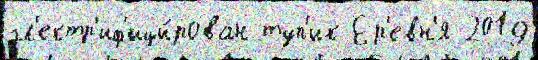
эл'ектр'иф'ици́рован туп'ик Ер'евн'я 2019